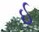
ઈ